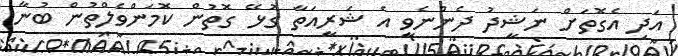
އަދި އެގޮތަށް ނަޝީދު ދެންނެވީ އެ ޝަރީއަތާ ގުޅޭ ގޮތުން ކޮމަންވެލްތުން ބުނާ